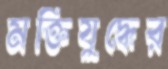
মক্তিযুদ্ধের